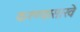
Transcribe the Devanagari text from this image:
करण्यासाखे